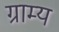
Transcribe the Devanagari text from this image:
ग्राम्‍य